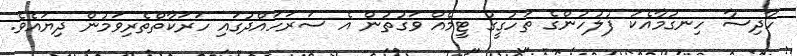
ހާދިސާ ހިނގުމާއެކު ފުލުހުންގެ ތަހުގީގު ޓީމެއް ވަގުތުން އެ ސަރަހައްދުގައި ހަރަކާތްތެރިވަމުން ދިޔައެވެ.